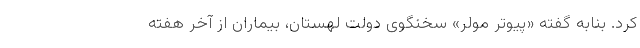
کرد. بنابه گفته «پیوتر مولر» سخنگوی دولت لهستان، بیماران از آخر هفته